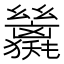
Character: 𢇖